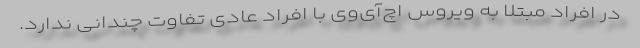
در افراد مبتلا به ویروس اچ‌آی‌وی با افراد عادی تفاوت چندانی ندارد.